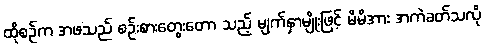
ထိုစဉ်က အဖသည် စဉ်းစားတွေးတော သည့် မျက်နှာမျိုးဖြင့် မိမိအား အကဲခတ်သလို